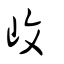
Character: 㞶